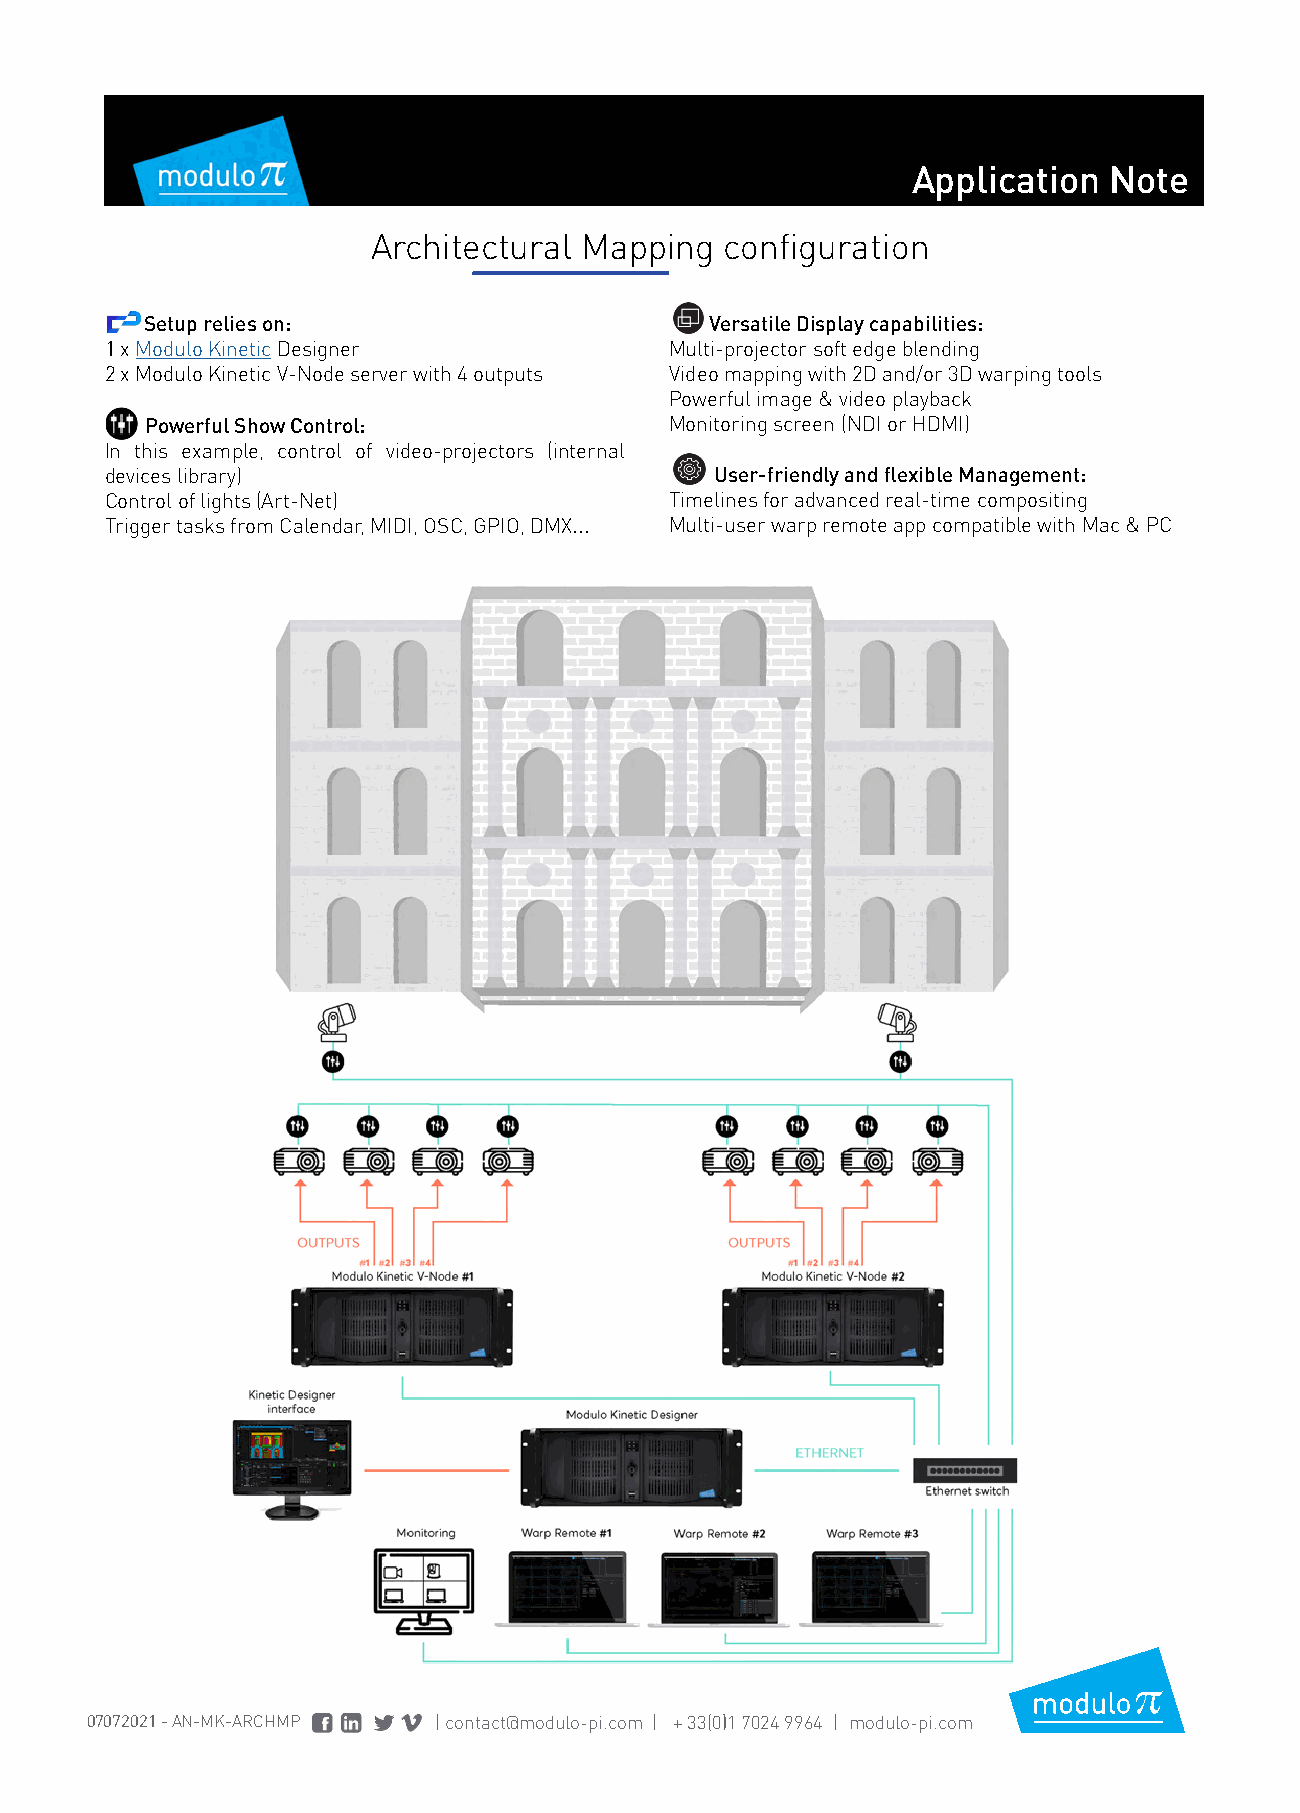
Application  Note
 Architectural Mapping  configuration
 Setup relies on:                     Versatile Display capabilities:
 1 x Modulo Kinetic Designer          Multi-projector soft edge blending
 2 x Modulo Kinetic V-Node server with 4 outputs Video mapping with 2D and/or 3D warping tools
 Powerful image & video playback
 Powerful Show Control:            Monitoring screen (NDI or HDMI)
 In this example, control of video-projectors (internal
 devices library)                        User-friendly and flexible Management:
 Control of lights (Art-Net)          Timelines for advanced real-time compositing
 Trigger tasks from Calendar, MIDI, OSC, GPIO, DMX... Multi-user warp remote app compatible with Mac & PC
 07072021 - AN-MK-ARCHMP | contact@modulo-pi.com | + 33(0)1 7024 9964 | modulo-pi.com